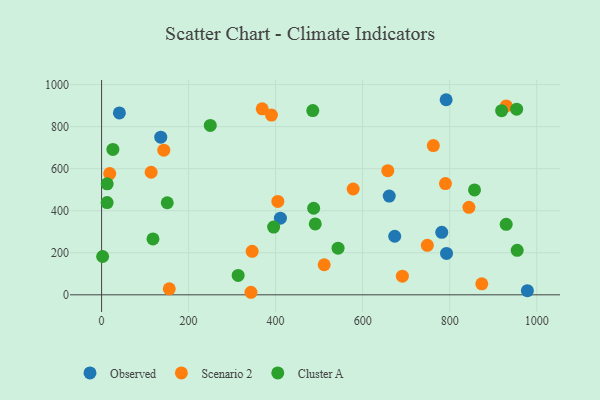
{"axis": {"x": "Study Hours", "y": "Demand"}, "legend": ["Cluster A", "Observed", "Scenario 2"], "data": [{"x": "978.6", "y": 19.5, "type": "Observed"}, {"x": "661.1", "y": 469.9, "type": "Observed"}, {"x": "792.8", "y": 197.0, "type": "Observed"}, {"x": "781.8", "y": 297.5, "type": "Observed"}, {"x": "136.0", "y": 750.1, "type": "Observed"}, {"x": "673.7", "y": 278.6, "type": "Observed"}, {"x": "40.9", "y": 865.2, "type": "Observed"}, {"x": "411.0", "y": 364.5, "type": "Observed"}, {"x": "791.9", "y": 928.1, "type": "Observed"}, {"x": "113.9", "y": 583.0, "type": "Scenario 2"}, {"x": "762.5", "y": 710.1, "type": "Scenario 2"}, {"x": "369.2", "y": 884.9, "type": "Scenario 2"}, {"x": "346.1", "y": 207.0, "type": "Scenario 2"}, {"x": "18.7", "y": 576.7, "type": "Scenario 2"}, {"x": "143.0", "y": 687.9, "type": "Scenario 2"}, {"x": "343.3", "y": 12.1, "type": "Scenario 2"}, {"x": "873.8", "y": 52.3, "type": "Scenario 2"}, {"x": "657.8", "y": 590.4, "type": "Scenario 2"}, {"x": "844.2", "y": 416.4, "type": "Scenario 2"}, {"x": "930.1", "y": 898.5, "type": "Scenario 2"}, {"x": "390.4", "y": 854.9, "type": "Scenario 2"}, {"x": "691.3", "y": 88.7, "type": "Scenario 2"}, {"x": "511.6", "y": 143.1, "type": "Scenario 2"}, {"x": "790.3", "y": 529.1, "type": "Scenario 2"}, {"x": "155.6", "y": 28.6, "type": "Scenario 2"}, {"x": "748.7", "y": 235.3, "type": "Scenario 2"}, {"x": "578.2", "y": 503.3, "type": "Scenario 2"}, {"x": "405.1", "y": 444.3, "type": "Scenario 2"}, {"x": "953.9", "y": 883.1, "type": "Cluster A"}, {"x": "12.9", "y": 528.2, "type": "Cluster A"}, {"x": "857.1", "y": 498.8, "type": "Cluster A"}, {"x": "919.4", "y": 876.1, "type": "Cluster A"}, {"x": "249.8", "y": 805.7, "type": "Cluster A"}, {"x": "150.9", "y": 438.1, "type": "Cluster A"}, {"x": "485.4", "y": 876.7, "type": "Cluster A"}, {"x": "2.4", "y": 182.2, "type": "Cluster A"}, {"x": "395.4", "y": 322.2, "type": "Cluster A"}, {"x": "491.1", "y": 337.1, "type": "Cluster A"}, {"x": "313.9", "y": 92.3, "type": "Cluster A"}, {"x": "543.5", "y": 222.1, "type": "Cluster A"}, {"x": "955.2", "y": 211.9, "type": "Cluster A"}, {"x": "487.4", "y": 411.9, "type": "Cluster A"}, {"x": "929.9", "y": 335.4, "type": "Cluster A"}, {"x": "118.1", "y": 265.7, "type": "Cluster A"}, {"x": "12.7", "y": 438.8, "type": "Cluster A"}, {"x": "26.0", "y": 691.5, "type": "Cluster A"}]}